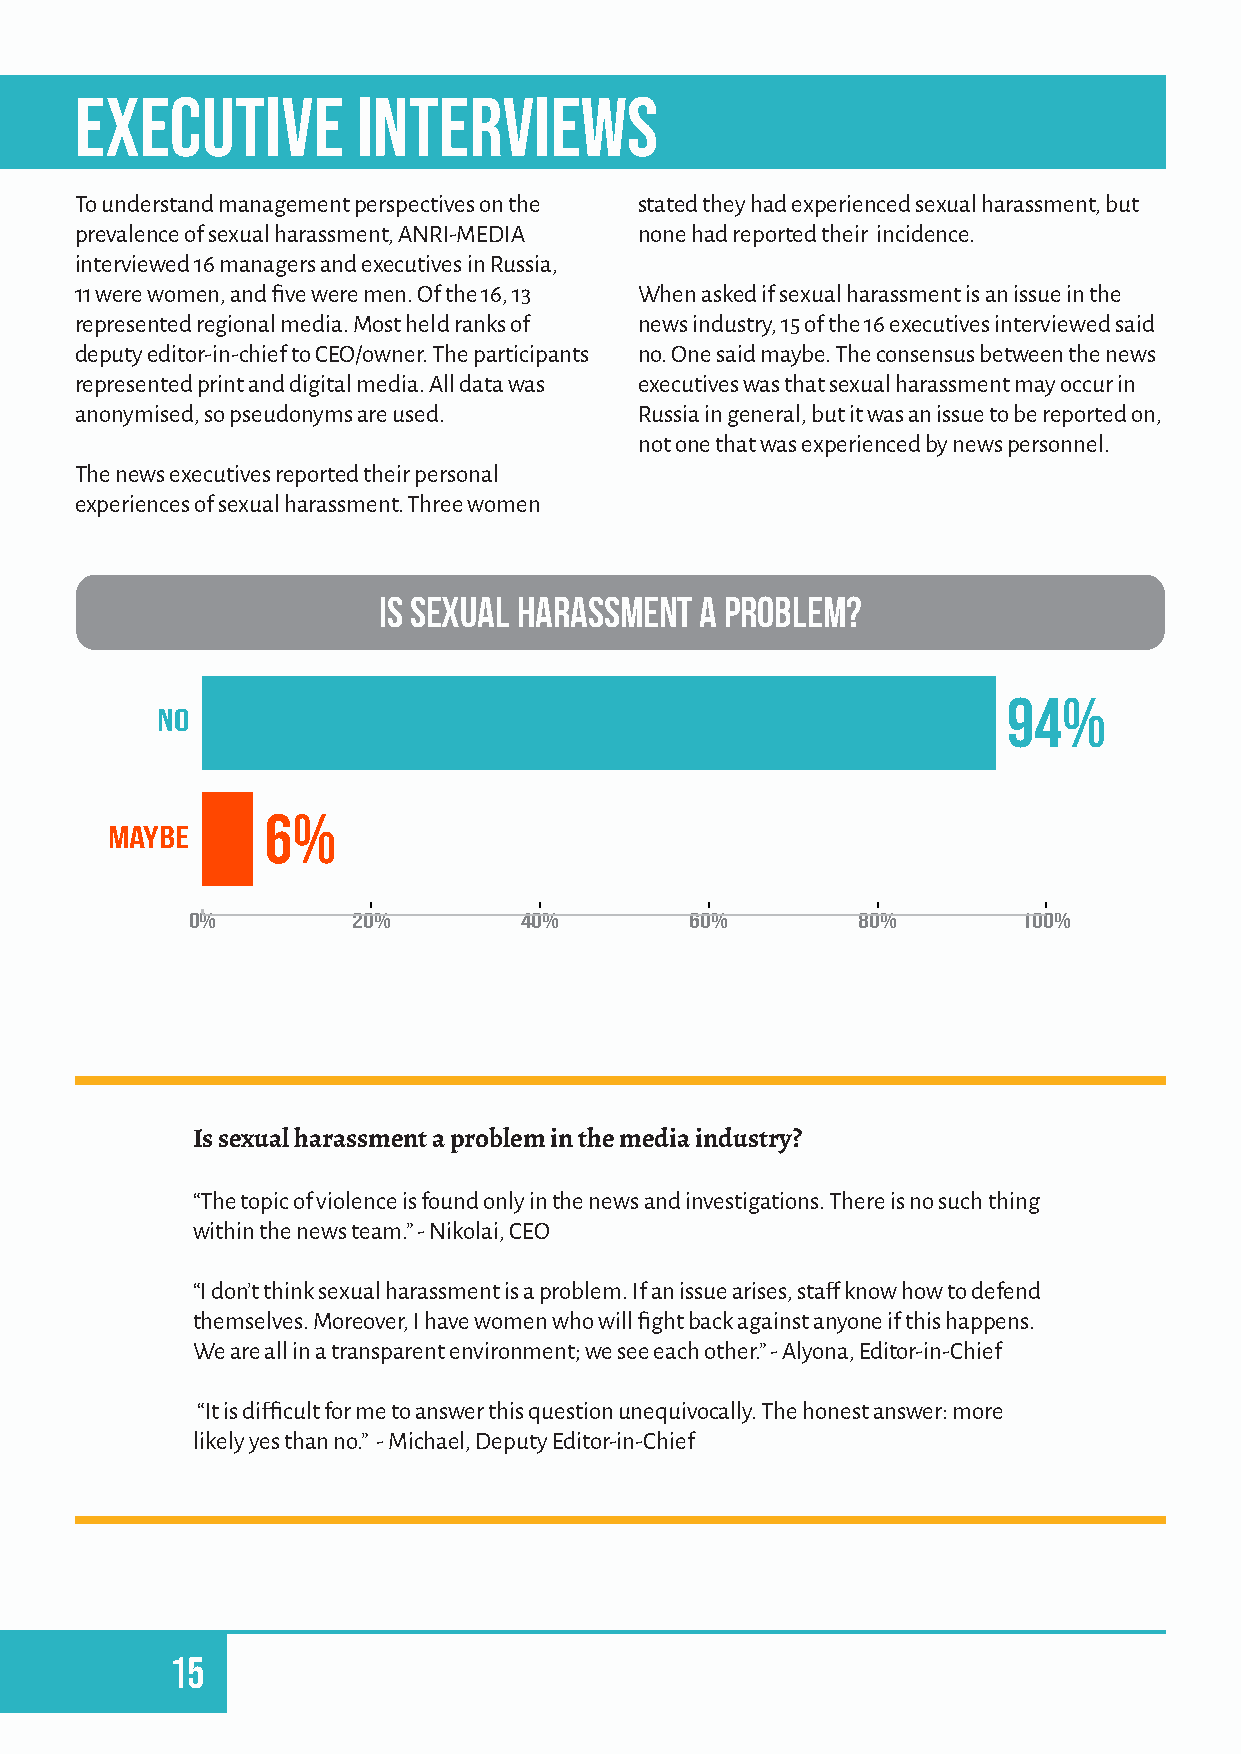
EXECUTIVE          INTERVIEWS
 To understand management perspectives on the stated they had experienced sexual harassment, but
 prevalence of sexual harassment, ANRI-MEDIA none had reported their incidence.
 interviewed 16 managers and executives in Russia,
 11 were women, and five were men. Of the 16, 13 When asked if sexual harassment is an issue in the
 represented regional media. Most held ranks of news industry, 15 of the 16 executives interviewed said
 deputy editor-in-chief to CEO/owner. The participants no. One said maybe. The consensus between the news
 represented print and digital media. All data was executives was that sexual harassment may occur in
 anonymised, so pseudonyms are used.  Russia in general, but it was an issue to be reported on,
 not one that was experienced by news personnel.
 The news executives reported their personal
 experiences of sexual harassment. Three women
 Is sexual harassment a problem?
 94%
 no
 6%
 maybe
 0%         20%        40%         60%        80%        100%
 Is sexual harassment a problem in the media industry?
 “The topic of violence is found only in the news and investigations. There is no such thing
 within the news team.” - Nikolai, CEO
 “I don’t think sexual harassment is a problem. If an issue arises, staff know how to defend
 themselves. Moreover, I have women who will fight back against anyone if this happens.
 We are all in a transparent environment; we see each other.” - Alyona, Editor-in-Chief
 “It is difficult for me to answer this question unequivocally. The honest answer: more
 likely yes than no.” - Michael, Deputy Editor-in-Chief
 15